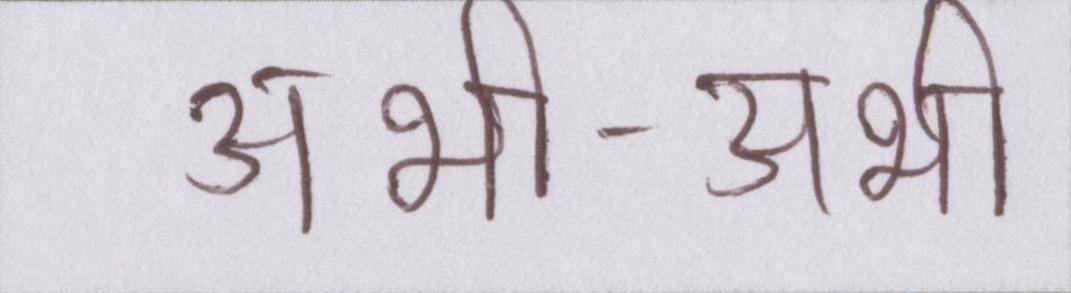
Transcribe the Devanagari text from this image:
अभी-अभी